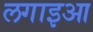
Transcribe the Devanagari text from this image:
लगाइआ